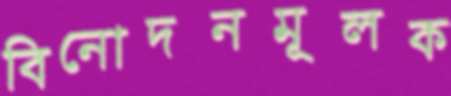
বিনোদনমূলক